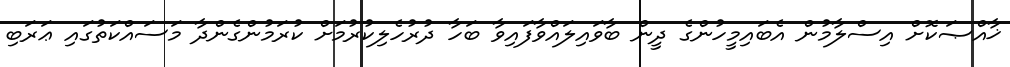
ޚާއްޞަކޮށް އިސްލާމުން އެބައިމީހުންގެ ދީން ބާވައިލައްވާފައިވާ ބަހާ ދުރުހެލިކުރުމަށް ކުރަމުންގެންދާ މަސައްކަތުގައި ޢަރަބި